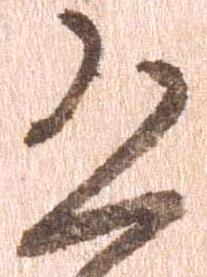
恐